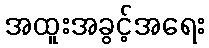
အထူးအခွင့်အရေး